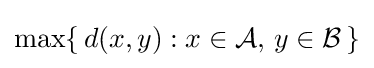
\max\{\,d(x,y):x\in {\mathcal {A}},\,y\in {\mathcal {B}}\,\}